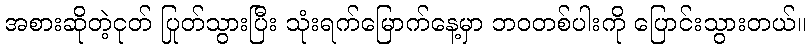
အစားဆိုတဲ့ငုတ် ပြုတ်သွားပြီး သုံးရက်မြောက်နေ့မှာ ဘဝတစ်ပါးကို ပြောင်းသွားတယ်။